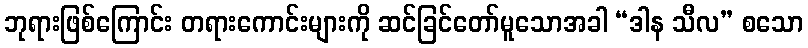
ဘုရားဖြစ်ကြောင်း တရားကောင်းများကို ဆင်ခြင်တော်မူသောအခါ “ဒါန သီလ” စသော